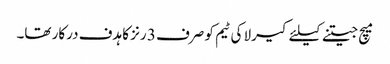
میچ جیتنے کیلئے کیرلا کی ٹیم کو صرف 3 رنز کا ہدف درکار تھا۔